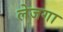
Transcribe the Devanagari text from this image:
लेजगा